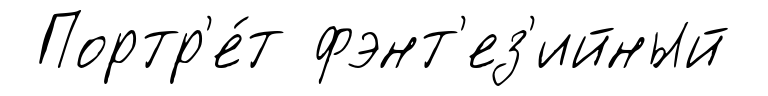
Портр'е́т фэнт'ез'ийный